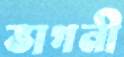
ভাগনী